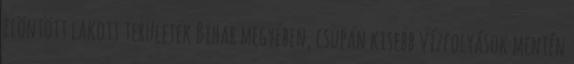
elöntött lakott területek Bihar megyében, csupán kisebb vízfolyások mentén